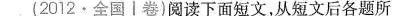
2012·全国卷)阅读下面短文,从短文后各题所